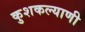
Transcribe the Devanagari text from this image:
कुशकल्याणी